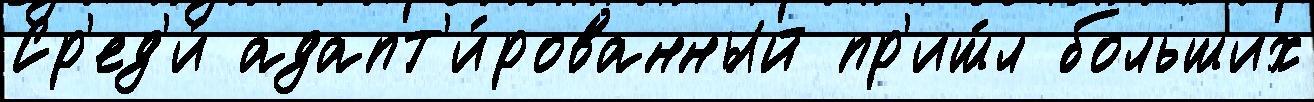
Ср'ед'и́ адапт'и́рованный пр'иш́л больших